Vaccination report Assam 1896-1927 - 1896-1927
Year: 1896
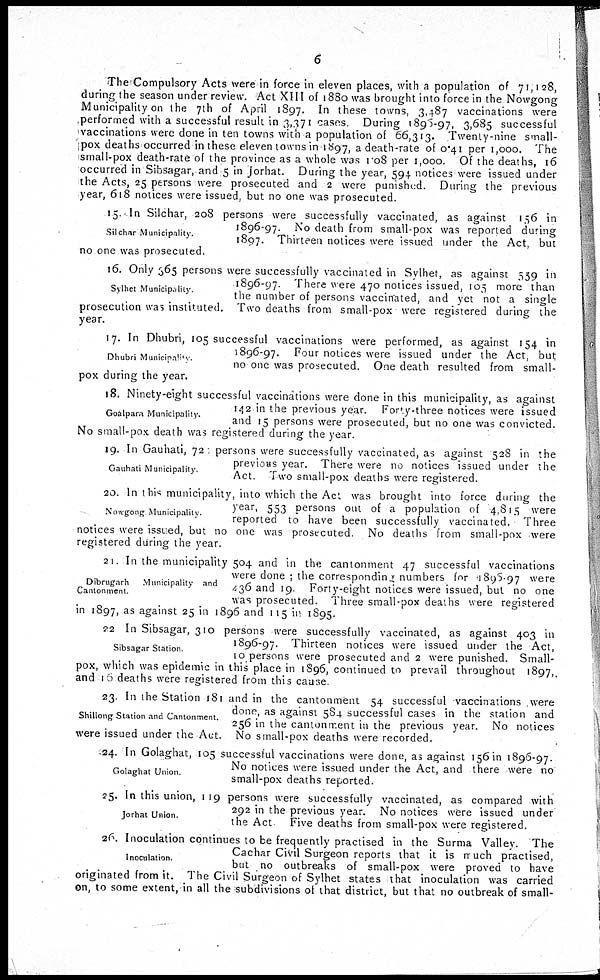
6
The Compulsory Acts were in force in eleven places, with a population of 71,128,
during the season under review. Act XIII of 1880 was brought into force in the Nowgong
Municipality on the 7th of April 1897. In these towns, 3,487 vaccinations were
performed with a successful result in 3,371 cases. During 1896-97, 3,685 successful
vaccinations were done in ten towns with a population of 66,313. Twenty-nine small-
pox deaths occurred in these eleven towns in 1897, a death-rate of 0.41 per 1,000. The
small-pox death-rate of the province as a whole was 1.08 per 1,000. Of the deaths, 16
occurred in Sibsagar, and 5 in Jorhat. During the year, 594 notices were issued under
the Acts, 25 persons were prosecuted and 2 were punished. During the previous
year, 618 notices were issued, but no one was prosecuted.
Silchar Municipality.
15. In Silchar, 208 persons were successfully vaccinated, as against 156 in
1896-97. No death from small-pox was reported during
1897. Thirteen notices were issued under the Act, but
no one was prosecuted.
Sylhet Municipality.
16. Only 365 persons were successfully vaccinated in Sylhet, as against 559 in
1896-97. There were 470 notices issued, 105 more than
the number of persons vaccinated, and yet not a single
prosecution was instituted. Two deaths from small-pox were registered during the
year.
Dhubri Municipality.
17. In Dhubri, 105 successful vaccinations were performed, as against 154 in
1896-97. Four notices were issued under the Act, but
no one was prosecuted. One death resulted from small-
pox during the year.
Goalpara Municipality.
18. Ninety-eight successful vaccinations were done in this municipality, as against
142 in the previous year. Forty-three notices were issued
and 15 persons were prosecuted, but no one was convicted.
No small-pox death was registered during the year.
Gauhati Municipality.
19. In Gauhati, 72 persons were successfully vaccinated, as against 528 in the
previous year. There were no notices issued under the
Act. Two small-pox deaths were registered.
Nowgong Municipality
20. In this municipality, into which the Act was brought into force during the
year, 553 persons out of a population of 4,815 were
reported to have been successfully vaccinated. Three
notices were issued, but no one was prosecuted. No deaths from small-pox were
registered during the year.
Dibrugarh
Municipality and
Cantonment.
21. In the municipality 504 and in the cantonment 47 successful vaccinations
were done ; the corresponding numbers for 1896-97 were
436 and 19. Forty-eight notices were issued, but no one
was prosecuted. Three small-pox deaths were registered
in 1897, as against 25 in 1896 and 115 in 1895.
Sibsagar Station
22 In Sibsagar, 310 persons were successfully vaccinated, as against 403 in
1896-97. Thirteen notices were issued under the Act,
10 persons were prosecuted and 2 were punished. Small-
pox, which was epidemic in this place in 1896, continued to prevail throughout 1897,
and 16 deaths were registered from this cause.
Shillong Station and Cantonment.
23. In the Station 181 and in the cantonment 54 successful vaccinations were
done, as against 584 successful cases in the station and
256 in the cantonment in the previous year. No notices
were issued under the Act. No small-pox deaths were recorded.
Golaghat Union.
24. In Golaghat, 105 successful vaccinations were done, as against 156 in 1896-97.
No notices were issued under the Act, and there were no
small-pox deaths reported.
Jorhat Union.
25. In this union, 119 persons were successfully vaccinated, as compared with
292 in the previous year. No notices were issued under
the Act Five deaths from small-pox were registered.
Inoculation.
26. Inoculation continues to be frequently practised in the Surma Valley. The
Cachar Civil Surgeon reports that it is much practised,
but no outbreaks of small-pox were proved to have
originated from it. The Civil Surgeon of Sylhet states that inoculation was carried
on, to some extent, in all the subdivisions of that district, but that no outbreak of small-